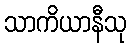
သာကိယာနီသု